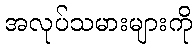
အလုပ်သမားများကို